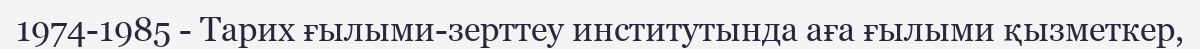
1974-1985 - Тарих ғылыми-зерттеу институтында аға ғылыми қызметкер,